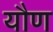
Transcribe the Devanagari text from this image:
यौण